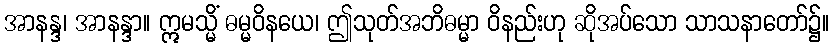
အာနန္ဒ၊ အာနန္ဒာ။ ဣမသ္မိံ ဓမ္မဝိနယေ၊ ဤသုတ်အဘိဓမ္မာ ဝိနည်းဟု ဆိုအပ်သော သာသနာတော်၌။